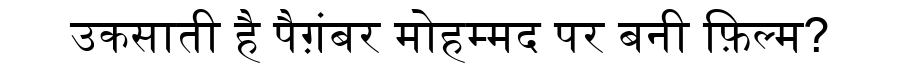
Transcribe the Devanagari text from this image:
उकसाती है पैग़ंबर मोहम्मद पर बनी फ़िल्म?